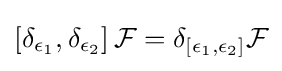
\left[\delta _{\epsilon _{1}},\delta _{\epsilon _{2}}\right]{\mathcal {F}}=\delta _{\left[\epsilon _{1},\epsilon _{2}\right]}{\mathcal {F}}